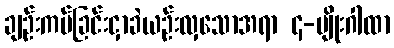
ချဉ်းကပ်ခြင်းငှာခဲယဉ်းလှသောအရာ ၄-မျိုးဂါထာ